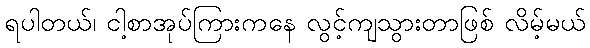
ရပါတယ်၊ ငါ့စာအုပ်ကြားကနေ လွင့်ကျသွားတာဖြစ် လိမ့်မယ်